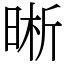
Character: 晰